65_HS1-834228961_62-HQ-83894_Section_4
Agency: FBI
Page 84
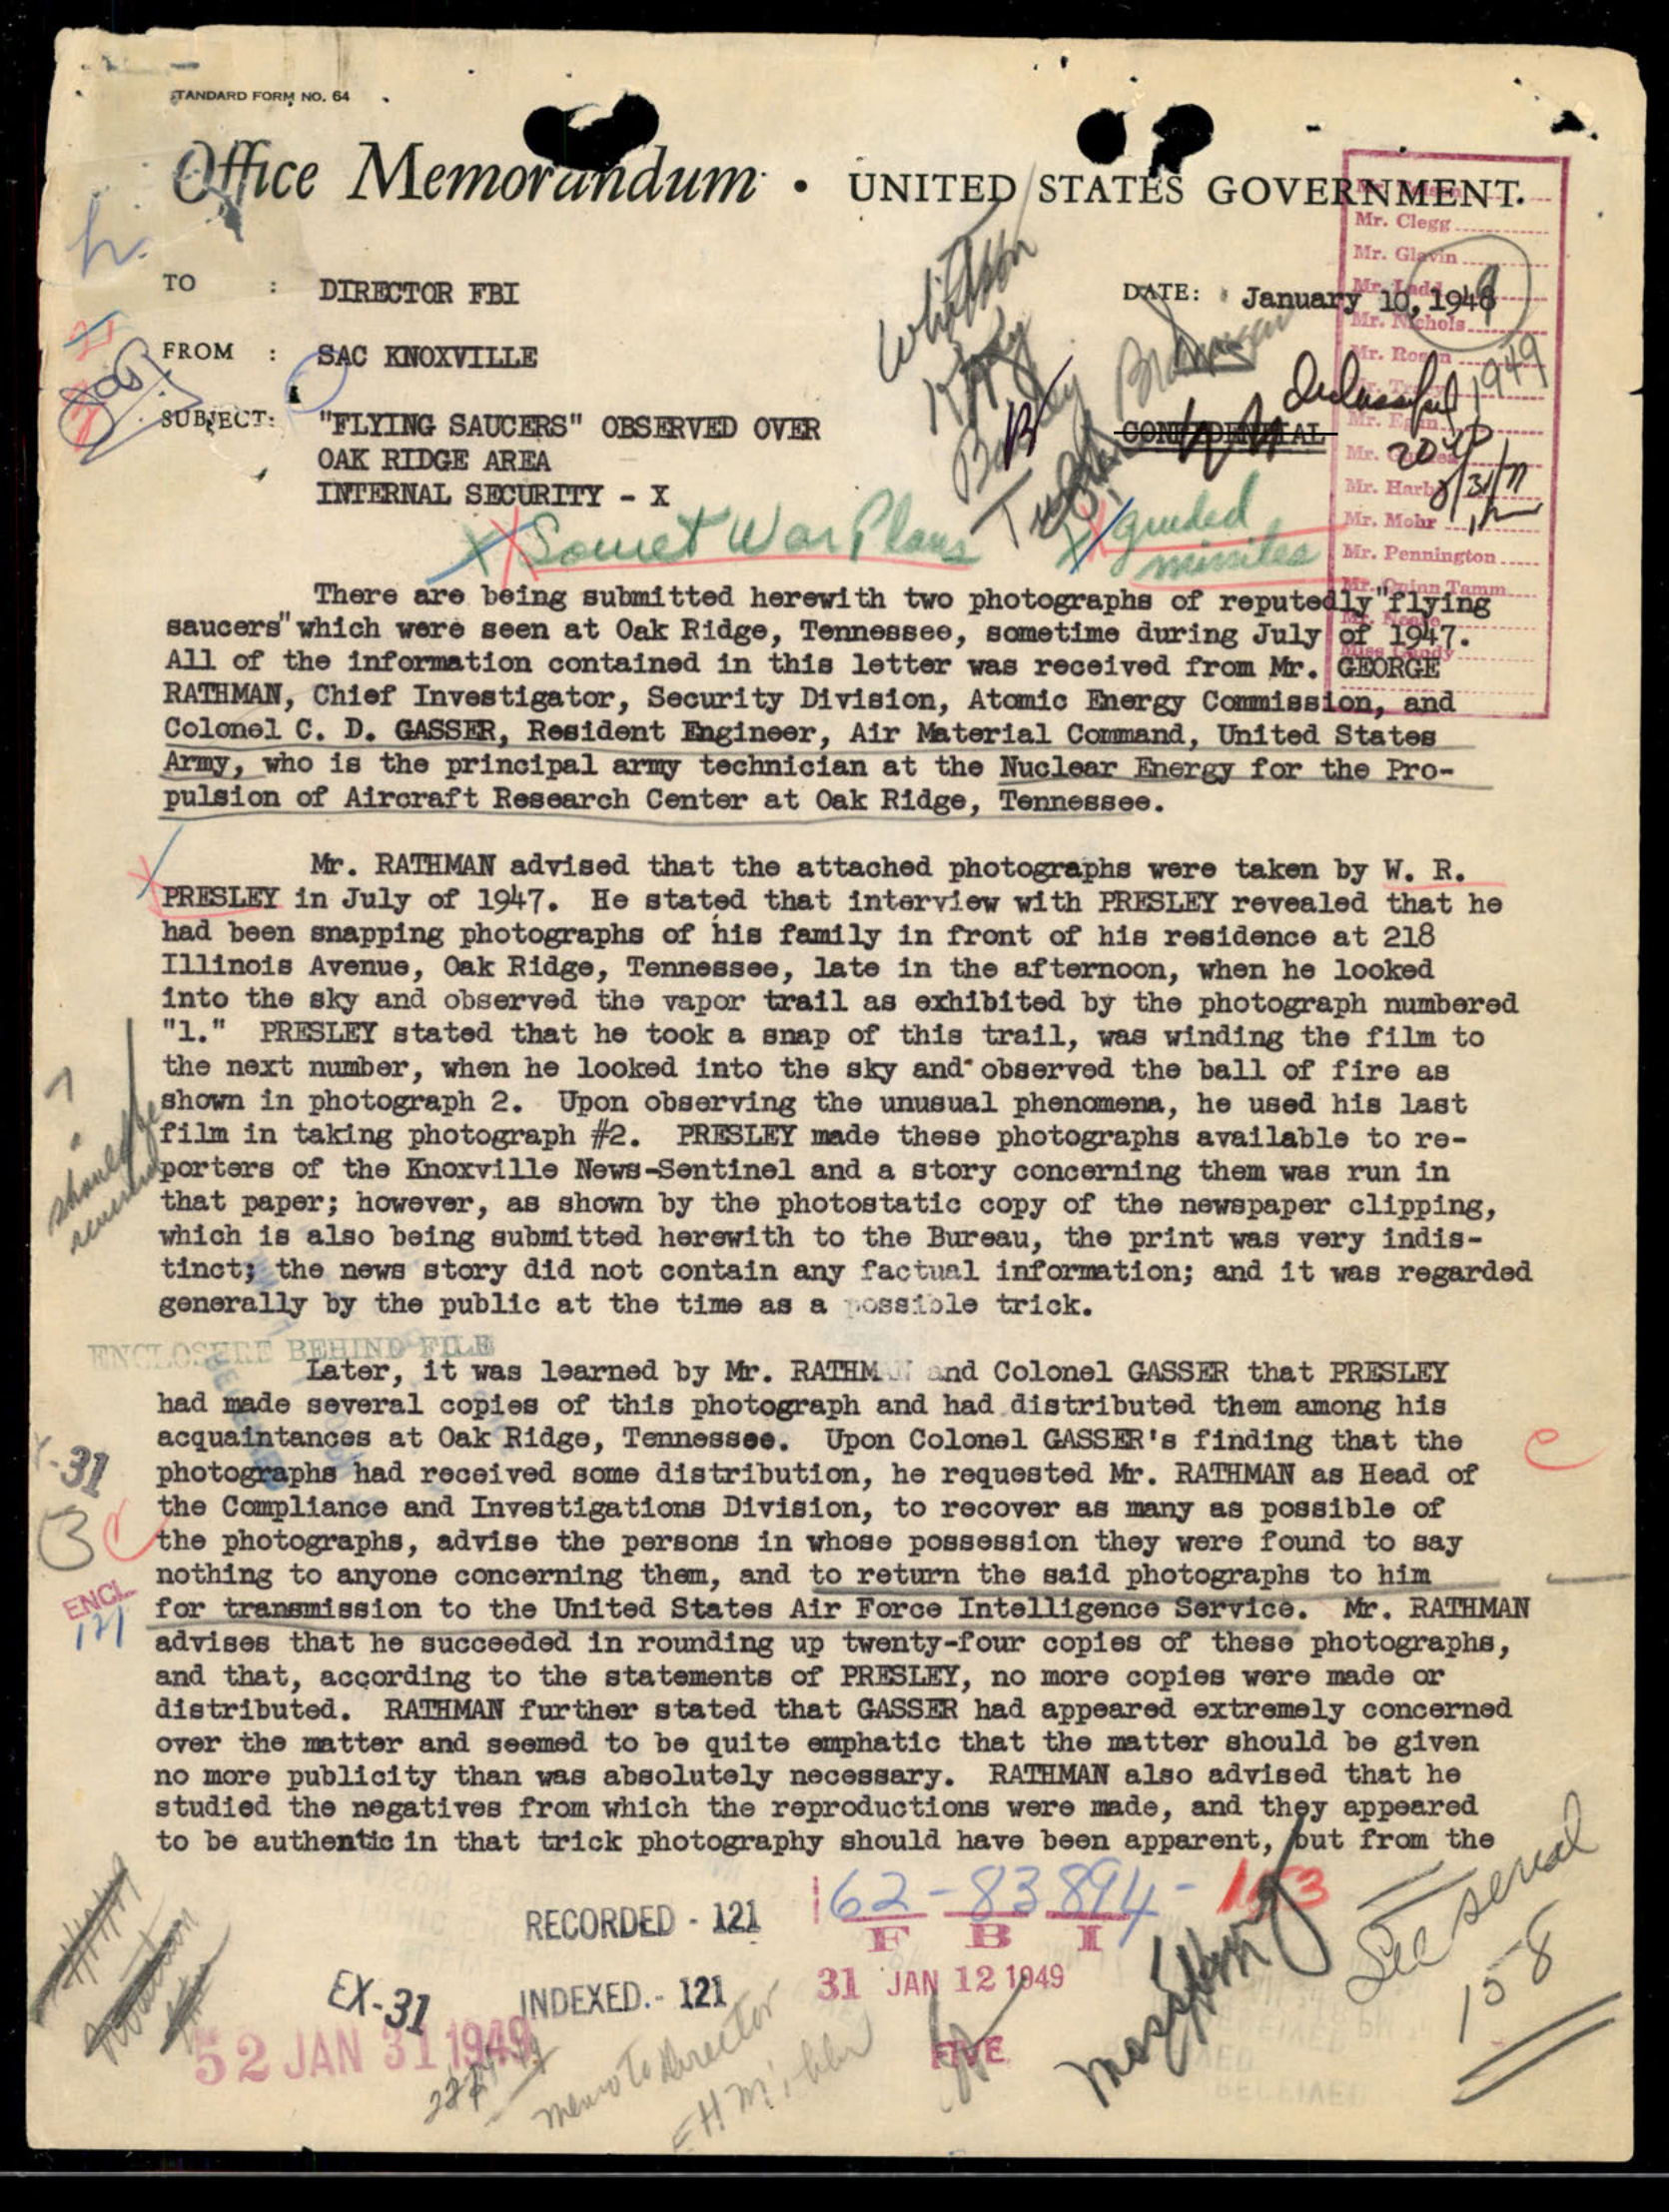